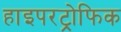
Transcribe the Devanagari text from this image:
हाइपरट्रोफिक